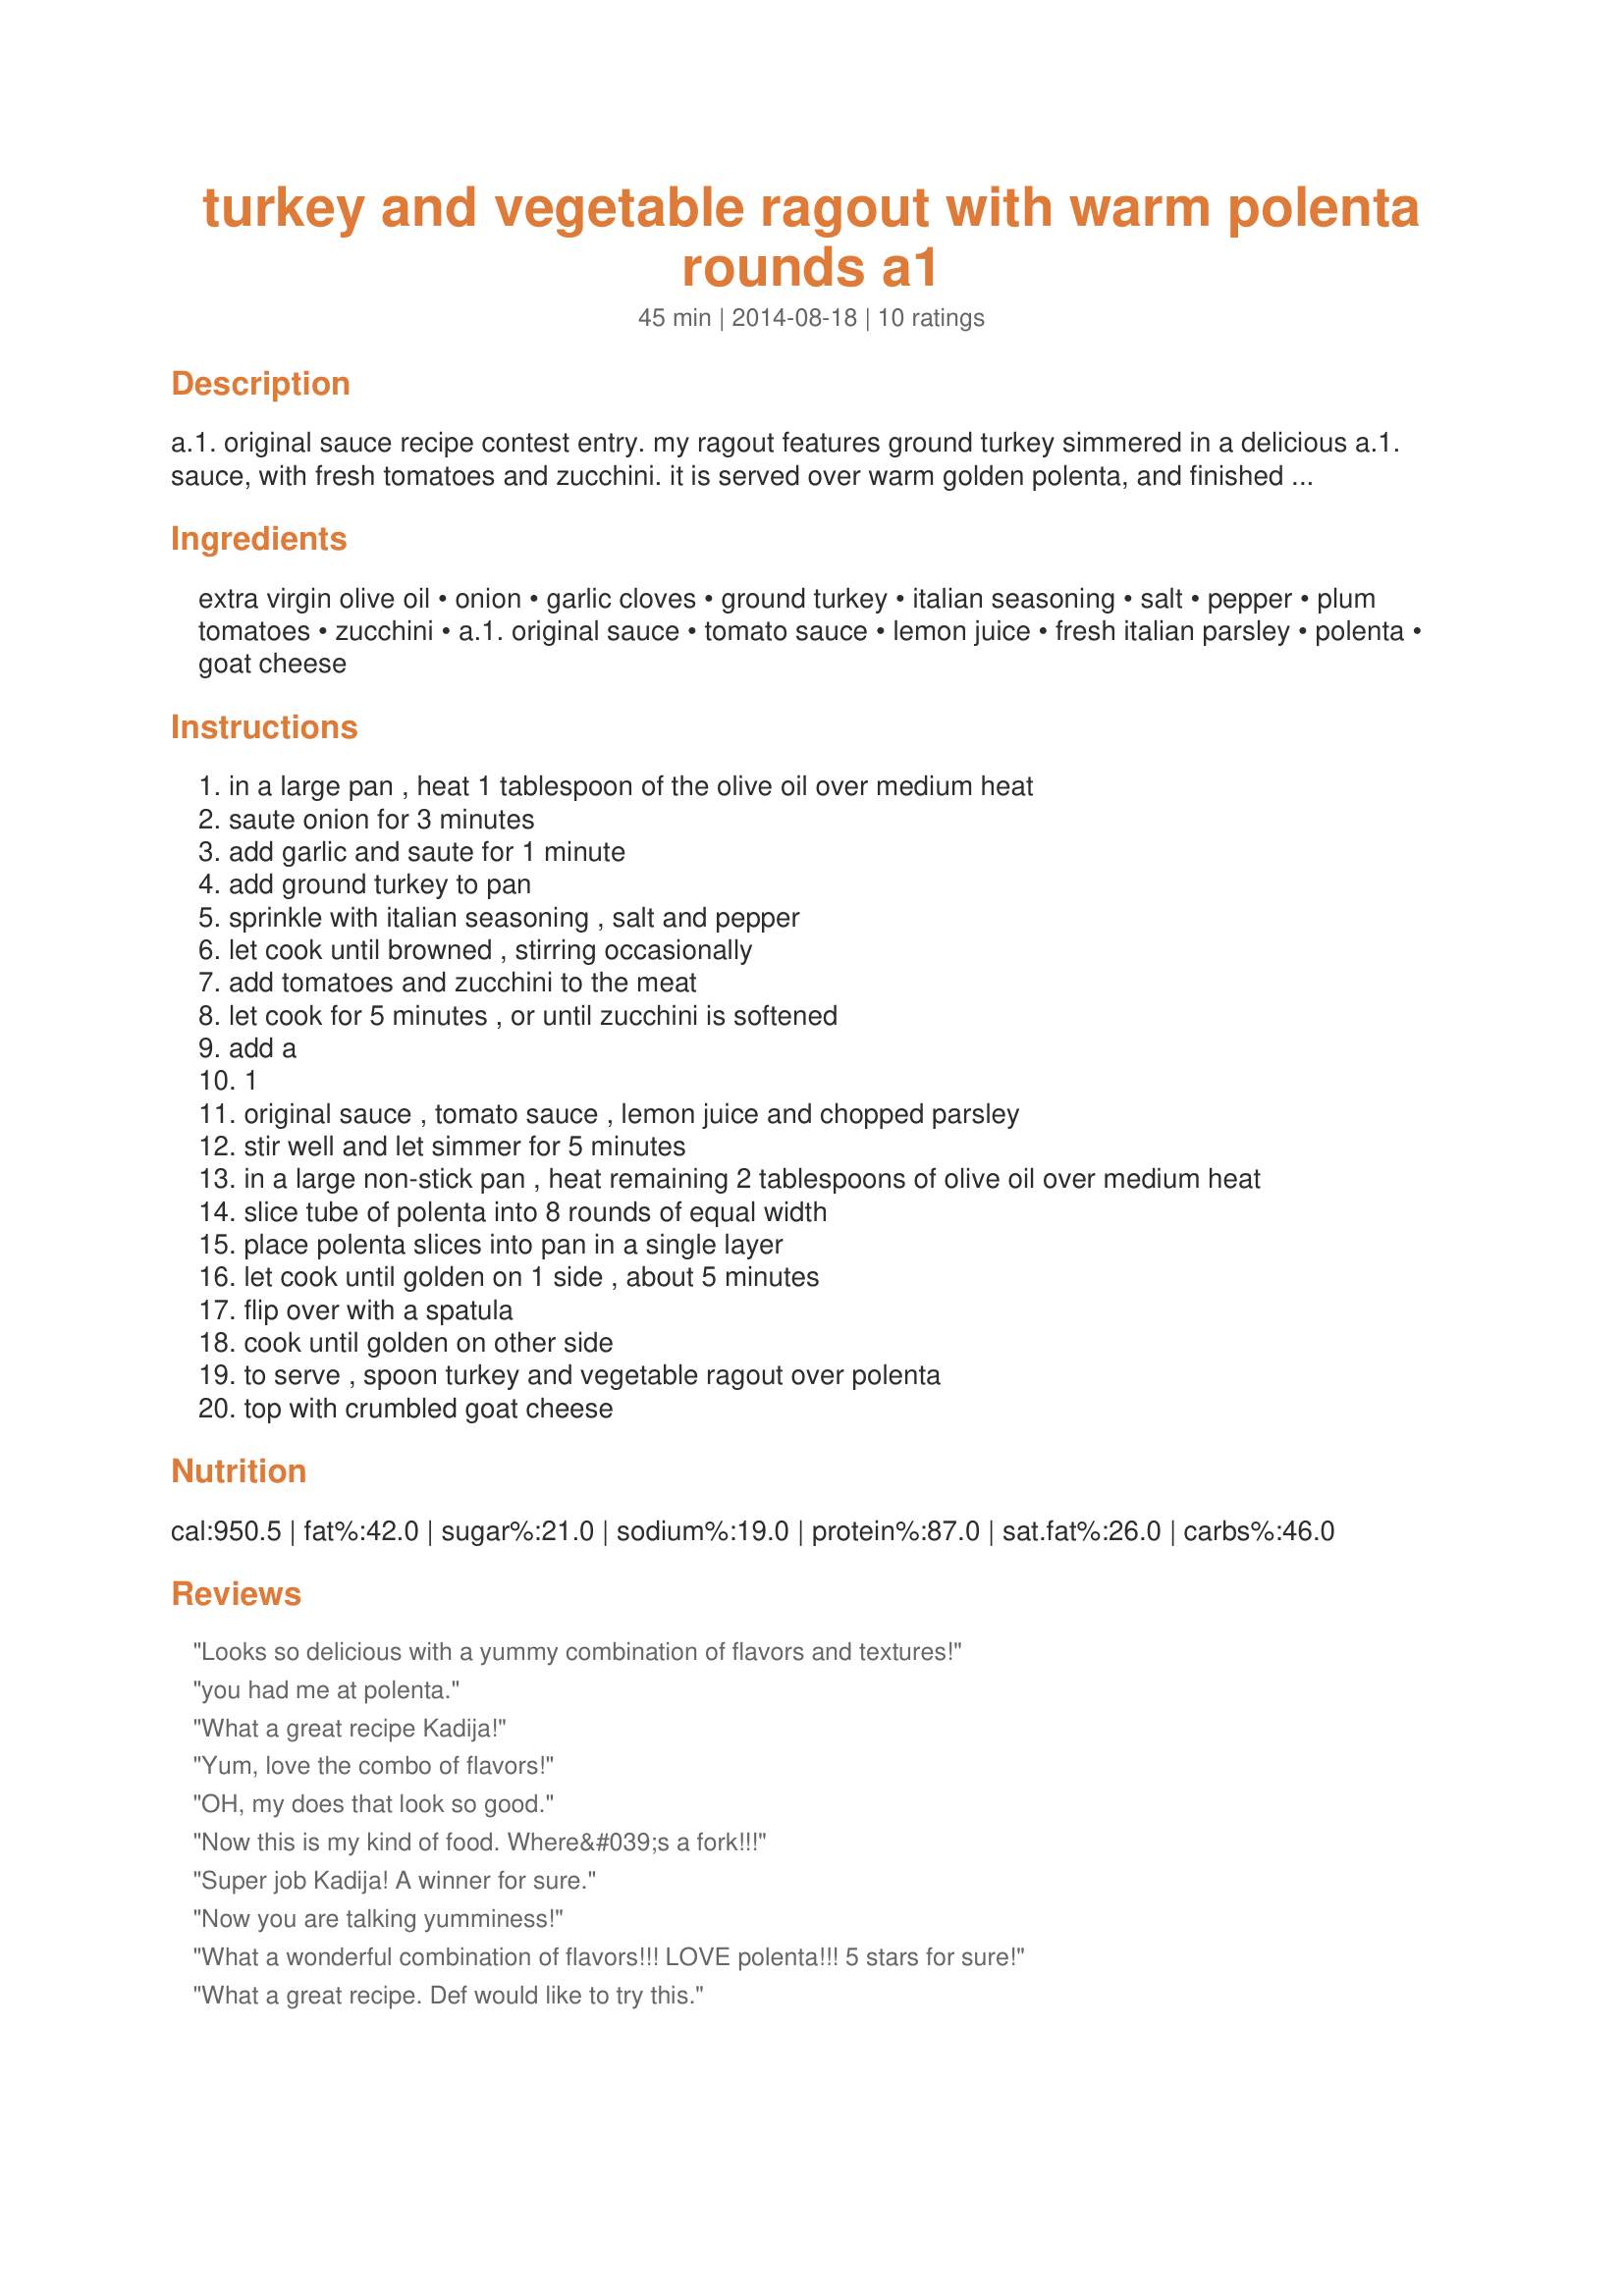
turkey and vegetable ragout with warm polenta rounds a1
Preparation time: 45 minutes

a.1. original sauce recipe contest entry. my ragout features ground turkey simmered in a delicious a.1. sauce, with fresh tomatoes and zucchini. it is served over warm golden polenta, and finished with creamy goat cheese. this dish is comforting and perfect for a weeknight meal!

Ingredients:
extra virgin olive oil, onion, garlic cloves, ground turkey, italian seasoning, salt, pepper, plum tomatoes, zucchini, a.1. original sauce, tomato sauce, lemon juice, fresh italian parsley, polenta, goat cheese

Steps:
in a large pan , heat 1 tablespoon of the olive oil over medium heat
saute onion for 3 minutes
add garlic and saute for 1 minute
add ground turkey to pan
sprinkle with italian seasoning , salt and pepper
let cook until browned , stirring occasionally
add tomatoes and zucchini to the meat
let cook for 5 minutes , or until zucchini is softened
add a
1
original sauce , tomato sauce , lemon juice and chopped parsley
stir well and let simmer for 5 minutes
in a large non-stick pan , heat remaining 2 tablespoons of olive oil over medium heat
slice tube of polenta into 8 rounds of equal width
place polenta slices into pan in a single layer
let cook until golden on 1 side , about 5 minutes
flip over with a spatula
cook until golden on other side
to serve , spoon turkey and vegetable ragout over polenta
top with crumbled goat cheese

Reviews:
Looks so delicious with a yummy combination of flavors and textures!
you had me at polenta.
What a great recipe Kadija!
Yum, love the combo of flavors!
OH, my does that look so good.
Now this is my kind of food. Where&#039;s a fork!!!
Super job Kadija! A winner for sure.
Now you are talking yumminess!
What a wonderful combination of flavors!!! LOVE polenta!!! 5 stars for sure!
What a great recipe. Def would like to try this.
